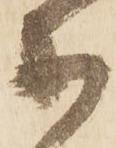
等